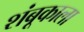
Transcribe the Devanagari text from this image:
शंबूकाला